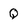
Character: Q